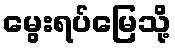
မွေးရပ်မြေသို့